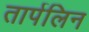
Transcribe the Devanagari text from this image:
तार्पलिन